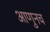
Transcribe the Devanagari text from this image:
आणुनच